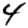
Digit: 4